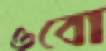
ওবো